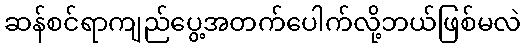
ဆန်စင်ရာကျည်ပွေ့အတက်ပေါက်လို့ဘယ်ဖြစ်မလဲ